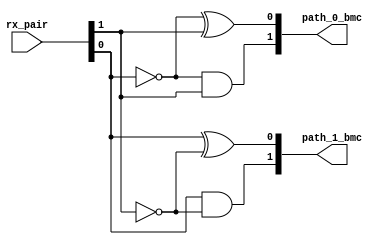
module bmc101011
(
   rx_pair,
   path_0_bmc,
   path_1_bmc
);


   input    [1:0] rx_pair;
   output   [1:0] path_0_bmc;
   output   [1:0] path_1_bmc;

   assign tmp00         =  (rx_pair[0] ^ 1'b1);
   assign tmp01         =  (rx_pair[1] ^ 1'b0);
   
   assign tmp10         =  (rx_pair[0] ^ 1'b0);
   assign tmp11         =  (rx_pair[1] ^ 1'b1);

   assign path_0_bmc    =  {(tmp00 & tmp01),(tmp00 ^ tmp01)}; 
   assign path_1_bmc    =  {(tmp10 & tmp11),(tmp10 ^ tmp11)};

endmodule